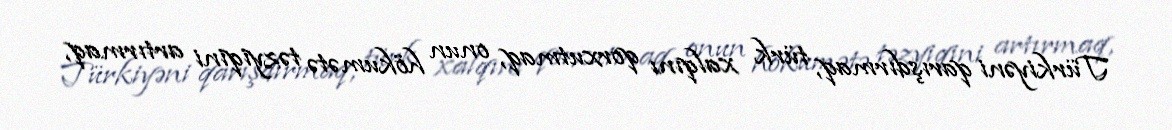
Türkiyəni qarışdırmaq, türk xalqını qorxutmaq, onun hökumətə təzyiqini artırmaq,